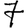
Digit: 7